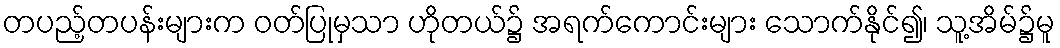
တပည့်တပန်းများက ဝတ်ပြုမှသာ ဟိုတယ်၌ အရက်ကောင်းများ သောက်နိုင်၍၊ သူ့အိမ်၌မူ